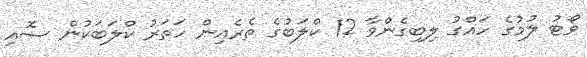
ވޯޓު ލުމުގެ ހައްގު ލިބިގެންވާ 12 ކްލަބުގެ ތެރެއިން ހަތަރު ކްލަބަކުން ސޮއި